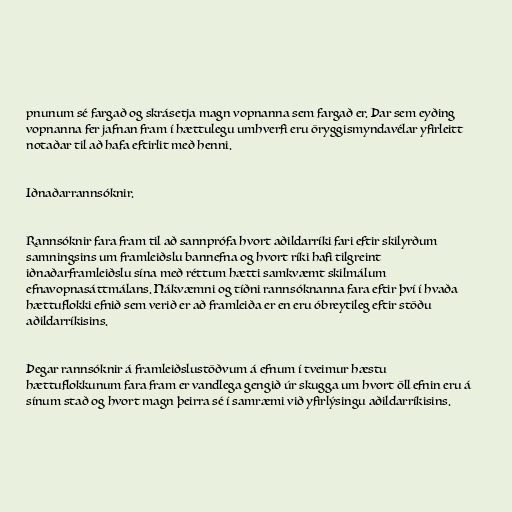
pnunum sé fargað og skrásetja magn vopnanna sem fargað er. Þar sem eyðing
vopnanna fer jafnan fram í hættulegu umhverfi eru öryggismyndavélar yfirleitt
notaðar til að hafa eftirlit með henni.

Iðnaðarrannsóknir.

Rannsóknir fara fram til að sannprófa hvort aðildarríki fari eftir skilyrðum
samningsins um framleiðslu bannefna og hvort ríki hafi tilgreint
iðnaðarframleiðslu sína með réttum hætti samkvæmt skilmálum
efnavopnasáttmálans. Nákvæmni og tíðni rannsóknanna fara eftir því í hvaða
hættuflokki efnið sem verið er að framleiða er en eru óbreytileg eftir stöðu
aðildarríkisins.

Þegar rannsóknir á framleiðslustöðvum á efnum í tveimur hæstu
hættuflokkunum fara fram er vandlega gengið úr skugga um hvort öll efnin eru á
sínum stað og hvort magn þeirra sé í samræmi við yfirlýsingu aðildarríkisins.